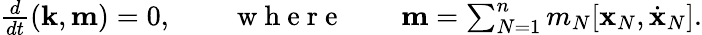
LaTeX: \begin{array}{r}{\frac{d}{dt}({\mathbf k},{\mathbf m})=0,\qquad\mathrm{~w~h~e~r~e~}\qquad{\mathbf m}=\sum_{N=1}^{n}m_{N}[{\mathbf x}_{N},\dot{\mathbf x}_{N}].}\end{array}